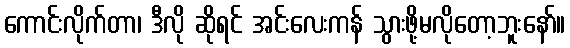
ကောင်းလိုက်တာ၊ ဒီလို ဆိုရင် အင်းလေးကန် သွားဖို့မလိုတော့ဘူးနော်။